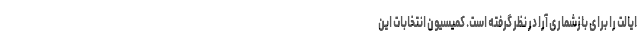
ایالت را برای باز‌شماری آرا در نظر گرفته است. کمیسیون انتخابات این